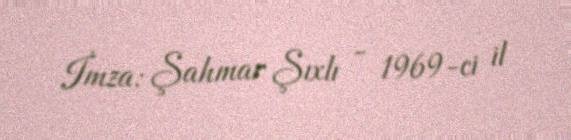
İmza: Şahmar Şıxlı - 1969-ci il